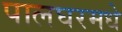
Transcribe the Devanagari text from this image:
पालघरमधे